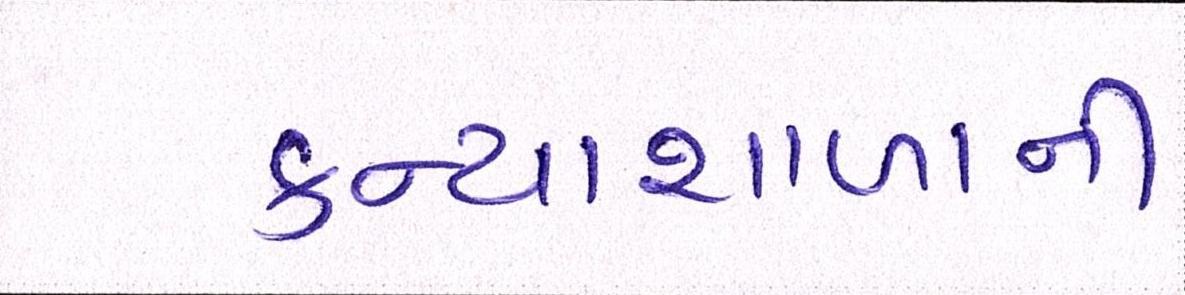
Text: કન્યાશાળાની